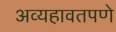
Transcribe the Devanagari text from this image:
अव्यहावतपणे